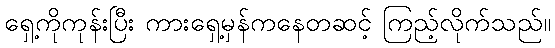
ရှေ့ကိုကုန်းပြီး ကားရှေ့မှန်ကနေတဆင့် ကြည့်လိုက်သည်။